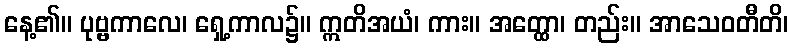
နေ့၏။ ပုဗ္ဗကာလေ၊ ရှေ့ကာလ၌။ ဣတိအယံ၊ ကား။ အတ္ထော၊ တည်း။ အာသေဝတီတိ၊